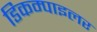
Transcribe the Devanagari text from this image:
डिकम्पाइलर